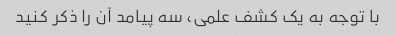
با توجه به یک کشف علمی، سه پیامد آن را ذکر کنید